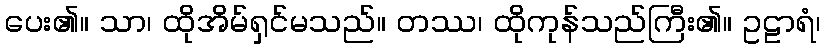
ပေး၏။ သာ၊ ထိုအိမ်ရှင်မသည်။ တဿ၊ ထိုကုန်သည်ကြီး၏။ ဥဠာရံ၊